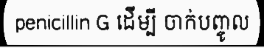
penicillin G ដើម្បី ចាក់បញ្ចូល